Elephants and their diseases
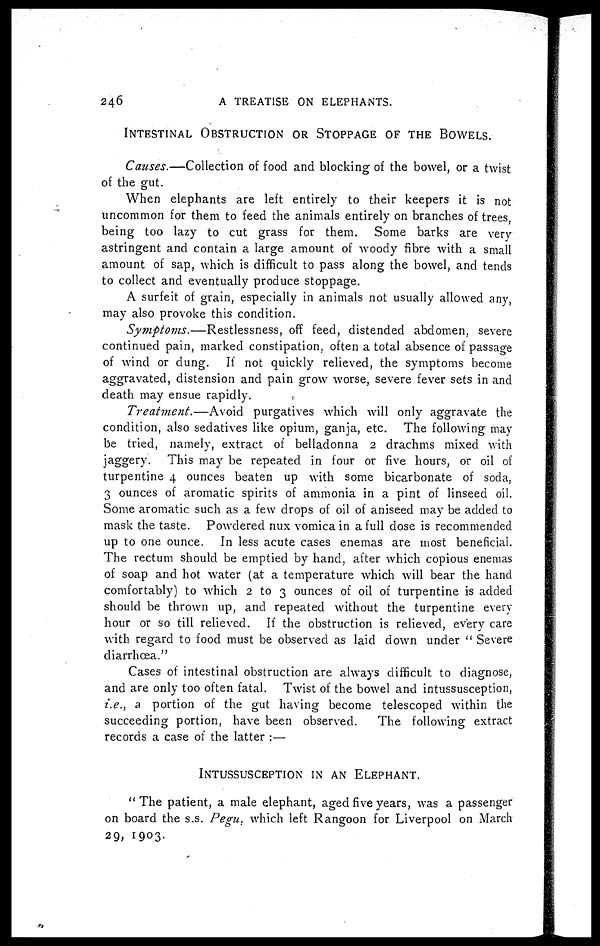
246
A TREATISE ON ELEPHANTS.
INTESTINAL OBSTRUCTION OR STOPPAGE OF THE BOWELS.
Causes.—Collection of food and blocking of the bowel, or a twist
of the gut.
When elephants are left entirely to their keepers it is not
uncommon for them to feed the animals entirely on branches of trees,
being too lazy to cut grass for them. Some barks are very
astringent and contain a large amount of woody fibre with a small
amount of sap, which is difficult to pass along the bowel, and tends
to collect and eventually produce stoppage.
A surfeit of grain, especially in animals not usually allowed any,
may also provoke this condition.
Symptoms.—Restlessness,
off feed, distended abdomen, severe
continued pain, marked constipation, often a total absence of passage
of wind or dung. If not quickly relieved, the symptoms become
aggravated, distension and pain grow worse, severe fever sets in and
death may ensue rapidly.
Treatment.—Avoid
purgatives which will only aggravate the
condition, also sedatives like opium, ganja, etc. The following may
be tried, namely, extract of belladonna 2 drachms mixed with
jaggery. This may be repeated in four or five hours, or oil of
turpentine 4 ounces beaten up with some bicarbonate of soda,
3 ounces of aromatic spirits of ammonia in a pint of linseed oil.
Some aromatic such as a few drops of oil of aniseed may be added to
mask the taste. Powdered nux vomica in a full dose is recommended
up to one ounce. In less acute cases enemas are most beneficial.
The rectum should be emptied by hand, after which copious enemas
of soap and hot water (at a temperature which will bear the hand
comfortably) to which 2 to 3 ounces of oil of turpentine is added
should be thrown up, and repeated without the turpentine every
hour or so till relieved. If the obstruction is relieved, every care
with regard to food must be observed as laid down under " Severe
diarrhoea."
Cases of intestinal obstruction are always difficult to diagnose,
and are only too often fatal. Twist of the bowel and intussusception,
i.e., a portion of the gut having become telescoped within the
succeeding portion, have been observed.
The following extract
records a case of the latter :—
INTUSSUSCEPTION IN AN ELEPHANT.
"The patient, a male elephant, aged five years, was a passenger
on board the s.s. Pegu which left Rangoon for Liverpool on March
29, 1903.